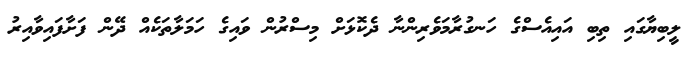
ލީބިޔާގައި ތިބި އައިއެސްގެ ހަނގުރާމަވެރިންނާ ދެކޮޅަށް މިސްރުން ވައިގެ ހަމަލާތަކެއް ދޭން ފަށާފައިވާއިރު